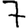
Digit: 7